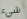
شيء